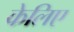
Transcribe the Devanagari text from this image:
केलिए